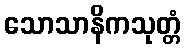
သောသာနိကသုတ္တံ